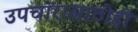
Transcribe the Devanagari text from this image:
उपचारासाठीही